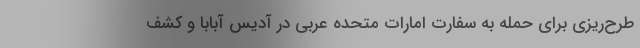
طرح‌ریزی برای حمله به سفارت امارات متحده عربی در آدیس آبابا و کشف